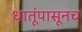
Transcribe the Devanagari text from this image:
धातूंपासूनच